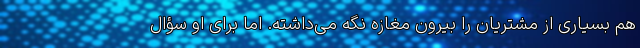
هم بسیاری از مشتریان را بیرون مغازه نگه می‌داشته. اما برای او سؤال